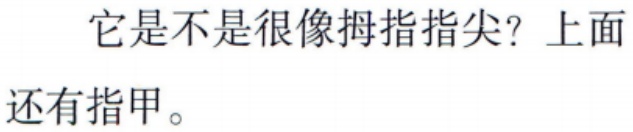
它是不是很像拇指指尖？上面还有指甲。